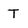
Character: T